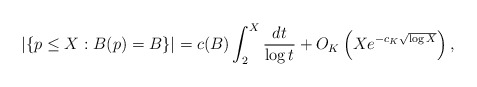
\begin{align*}|\{p \leq X : B(p) = B\}| = c(B) \int_2^X \frac{dt}{\log t} + O_K\left(X e^{-c_K\sqrt{\log X}}\right),\end{align*}